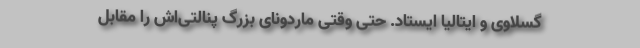
گسلاوی و ایتالیا ایستاد. حتی وقتی ماردونای بزرگ پنالتی‌اش را مقابل